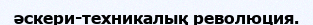
әскери-техникалық революция.